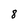
Character: 8